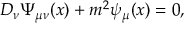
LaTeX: D _ { \nu } \Psi _ { \mu \nu } ( x ) + m ^ { 2 } \psi _ { \mu } ( x ) = 0 ,